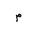
Letter: _mim